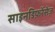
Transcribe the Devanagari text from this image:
साइनडिफ़रेंसेज़